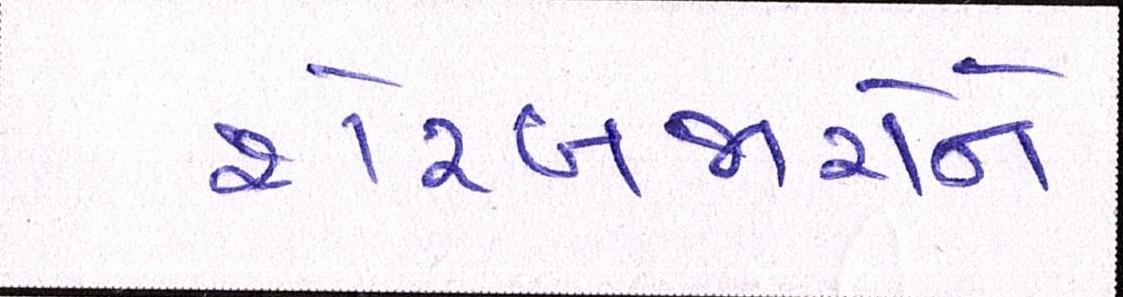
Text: શેરબજારોને